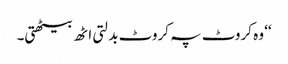
‘‘ وہ کروٹ پہ کروٹ بدلتی اٹھ بیٹھتی۔